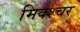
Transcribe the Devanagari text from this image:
मिक्‍श्‍चर